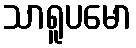
သာရူပမော